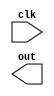
module rom_counter(input clk, output [13:0] out);

	reg [13:0]cnt;
	always @(posedge clk)
		cnt <= cnt + 1;

endmodule